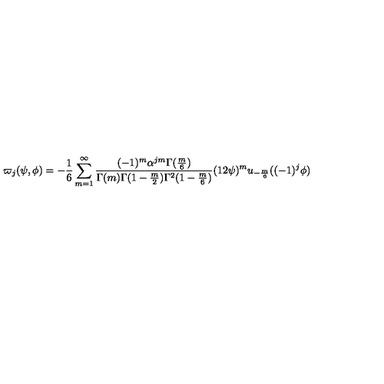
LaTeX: \varpi _ { j } ( \psi , \phi ) = - \frac { 1 } { 6 } \sum _ { m = 1 } ^ { \infty } \frac { ( - 1 ) ^ { m } \alpha ^ { j m } \Gamma ( \frac { m } { 6 } ) } { \Gamma ( m ) \Gamma ( 1 - \frac { m } { 2 } ) \Gamma ^ { 2 } ( 1 - \frac { m } { 6 } ) } ( 1 2 \psi ) ^ { m } u _ { - \frac { m } { 6 } } ( ( - 1 ) ^ { j } \phi )